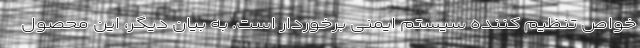
خواص تنظیم کننده سیستم ایمنی برخوردار است. به بیان دیگر، این محصول